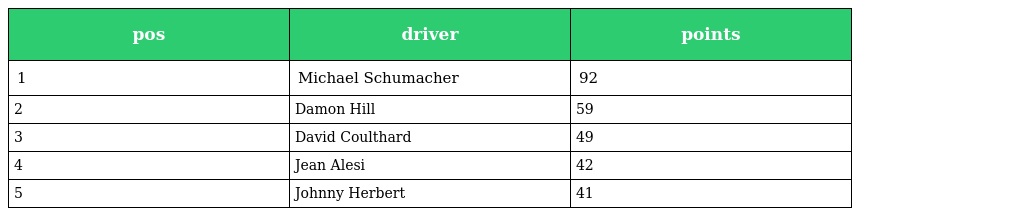
| pos | driver | points |
 | --- | --- | --- |
 | 1 | Michael Schumacher | 92 |
 | 2 | Damon Hill | 59 |
 | 3 | David Coulthard | 49 |
 | 4 | Jean Alesi | 42 |
 | 5 | Johnny Herbert | 41 |